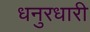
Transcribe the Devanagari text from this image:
धनुरधारी